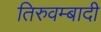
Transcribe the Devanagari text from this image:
तिरुवम्बादी